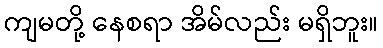
ကျမတို့ နေစရာ အိမ်လည်း မရှိဘူး။